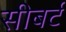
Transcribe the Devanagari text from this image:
सीबर्ट